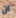
ان